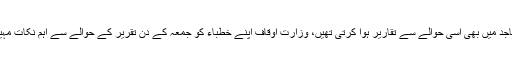
بارہ ربیع الاول سے متصل جمعہ کے دن وزارت اوقاف کے تحت مساجد میں بھی اسی حوالے سے تقاریر ہوا کرتی تھیں، وزارت اوقاف اپنے خطباء کو جمعہ کے دن تقریر کے حوالے سے اہم نکات مہیا کیا کرتی تھی جس سے معاشرے میں ایک مؤثر دینی پیغام جاتا تھا۔